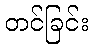
တင်ခြင်း